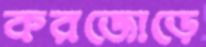
করজোড়ে